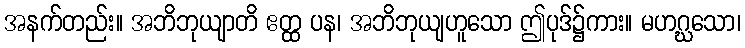
အနက်တည်း။ အဘိဘုယျာတိ ဧတ္ထ ပန၊ အဘိဘုယျဟူသော ဤပုဒ်၌ကား။ မဟဂ္ဃသော၊